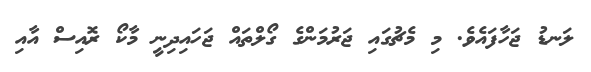
ލަނޑު ޖަހާފައެވެ. މި މެޗުގައި ޖަރުމަންގެ ގޯލްތައް ޖަހައިދިނީ މާކޯ ރޮއިސް އާއި